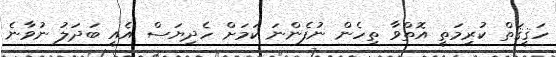
ހަޤީޤަތް ކުރިމަތީ އޮތްވާ ތިހެން ނުފެންނަ ކަމަށް ހެދިޔަސް އެއީ ބަދަލު ނުވާނެ